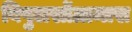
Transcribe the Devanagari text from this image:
बिपुलसोंग्रामास